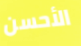
الأحسن